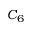
C _ { 6 }